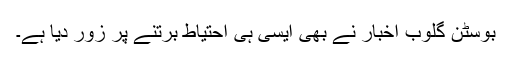
بوسٹن گلوب اخبار نے بھی ایسی ہی احتیاط برتنے پر زور دیا ہے۔